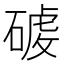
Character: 𮀸